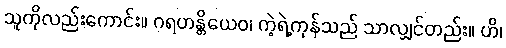
သူကိုလည်းကောင်း။ ဂရဟန္တိယေဝ၊ ကဲ့ရဲ့ကုန်သည် သာလျှင်တည်း။ ဟိ၊